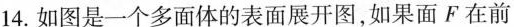
14.如图是一个多面体的表面展开图，如果面F在前